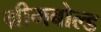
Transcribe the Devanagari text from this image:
ग्रीमबोल्ड